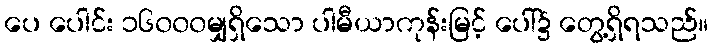
ပေ ပေါင်း ၁၆၀၀၀မျှရှိသော ပါမီယာကုန်းမြင့် ပေါ်၌ တွေ့ရှိရသည်။